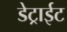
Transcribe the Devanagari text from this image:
डेट्राईट